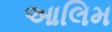
આલિમ